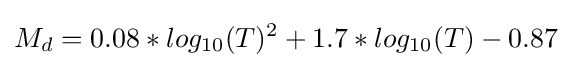
M_{d}=0.08*log_{10}(T)^{2}+1.7*log_{10}(T)-0.87